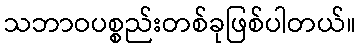
သဘာဝပစ္စည်းတစ်ခုဖြစ်ပါတယ်။